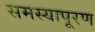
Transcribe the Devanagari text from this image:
समस्यापूरण